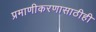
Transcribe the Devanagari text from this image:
प्रमाणीकरणासाठीही